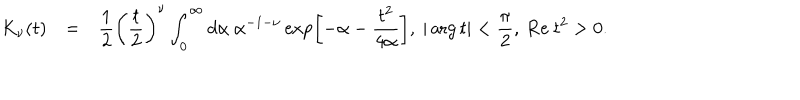
LaTeX: \begin{array} { r c l } { { K _ { \nu } ( t ) } } & { { = } } & { { \displaystyle \frac { 1 } { 2 } \left( \frac { t } { 2 } \right) ^ { \nu } \int _ { 0 } ^ { \infty } d \alpha ~ \alpha ^ { - 1 - \nu } \exp \left[ - \alpha - \frac { t ^ { 2 } } { 4 \alpha } \right] , ~ | \arg t | < \frac { \pi } { 2 } , ~ \mathrm { R e ~ } t ^ { 2 } > 0 . } } \\ \end{array}